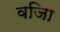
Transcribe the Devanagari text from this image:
वजिा